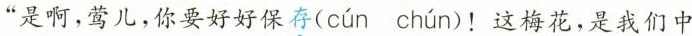
“是啊，莺儿，你要好好保存( cún chún )！这梅花，是我们中